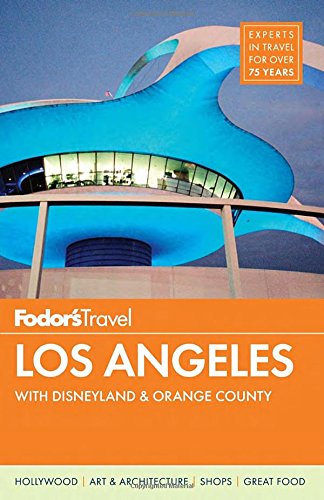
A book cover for Fodor's Los Angeles: with Disneyland & Orange County (Full-color Travel Guide); Fodor's; Travel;